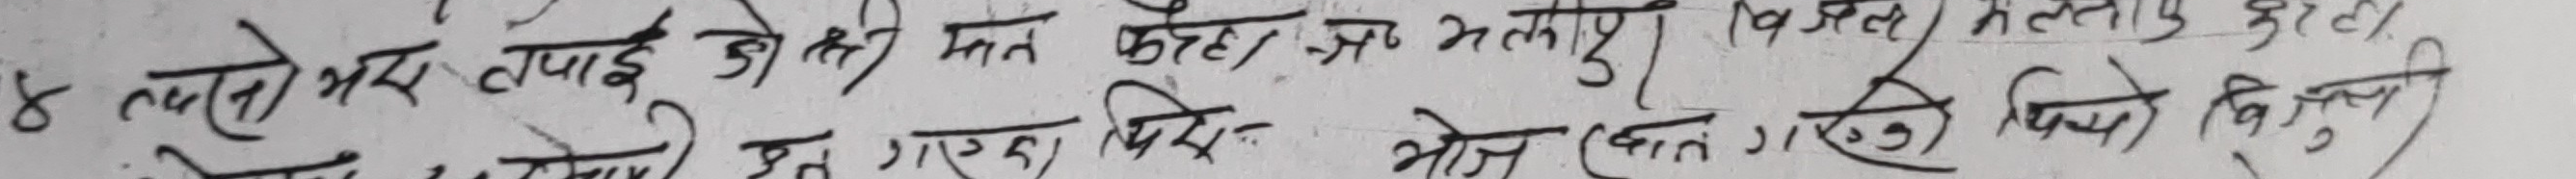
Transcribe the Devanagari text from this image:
४ त्यसले भने तपाइँ जो हेर्न मन कहाँ छ भन्नु भयो | बिजुली मत हेर्नुहुन्छ त गरि कुर्दै
गर्दा भो प्रेरणा भोजन गरेछ पनि विजुली कुहने